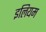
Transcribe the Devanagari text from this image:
इलियम